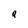
Character: a